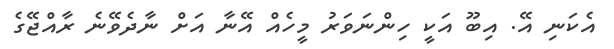
އެކަނި އޭ. އިބޫ އަކީ ހިންނަވަރު މީހެއް އޭނާ އަށް ނާދެވޭނެ ރާއްޖޭގެ